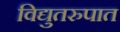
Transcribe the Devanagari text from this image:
विद्युतरुपात